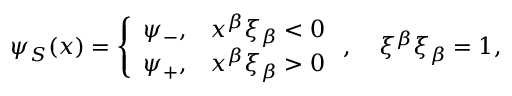
\begin{array} { r } { \psi _ { S } ( x ) = \left\{ \begin{array} { l l } { \psi _ { - } , } & { x ^ { \beta } \xi _ { \beta } < 0 } \\ { \psi _ { + } , } & { x ^ { \beta } \xi _ { \beta } > 0 } \end{array} \right. , \quad \xi ^ { \beta } \xi _ { \beta } = 1 , } \end{array}